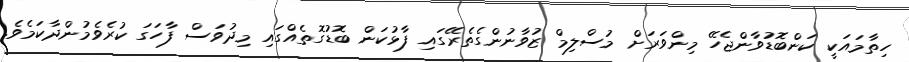
ހިތާމައަކީ ކަންބޮޑުވާންޖެހޭ މިންވަރަށް މުސްލިމް ޒުވާނުންގެތެރޭގައި ފާޅުކަން ބޮޑުގޮތެއްގައި މިދުވަސް ފާހަގަ ކުރެވެމުންދާކަމެވެ.